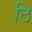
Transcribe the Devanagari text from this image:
ठि